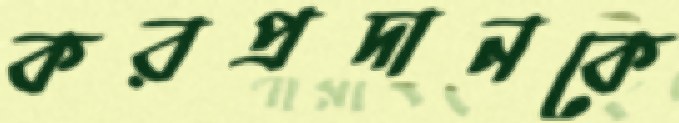
করপ্রদানকে